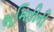
ભૂમિતીની